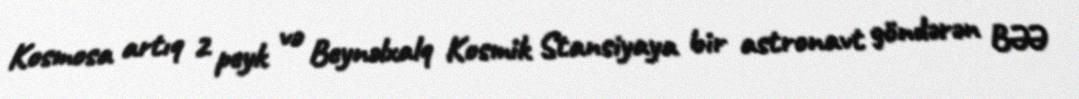
Kosmosa artıq 2 peyk və Beynəlxalq Kosmik Stansiyaya bir astronavt göndərən BƏƏ